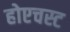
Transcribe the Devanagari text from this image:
होएचस्ट